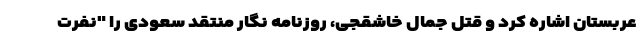
عربستان اشاره کرد و قتل جمال خاشقجی، روزنامه نگار منتقد سعودی را "نفرت